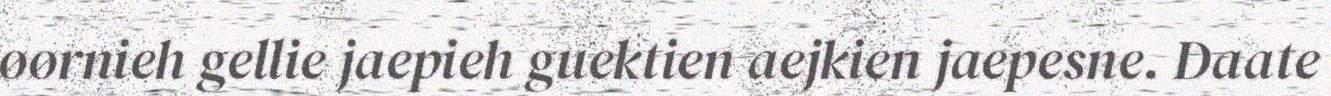
øørnieh gellie jaepieh guektien aejkien jaepesne. Daate